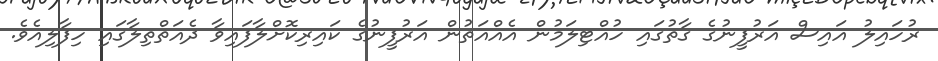
ރުހައިލު އައިސް އަރުފީނުގެ ގާތުގައި ހުއްޓިލަމުން އެއްއަތުން އަރުފީނުގެ ކައިރިކޮށްލާފައިވާ ދެއަތްތިލާގައި ހިފާލިއެވެ.